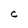
Character: C